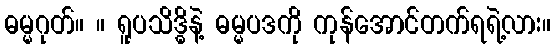
ဓမ္မဂုတ်။ ။ ရူပသိဒ္ဓိနဲ့ ဓမ္မပဒကို ကုန်အောင်တက်ရရဲ့လား။